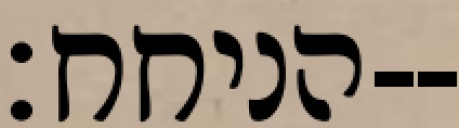
הניחח׃--